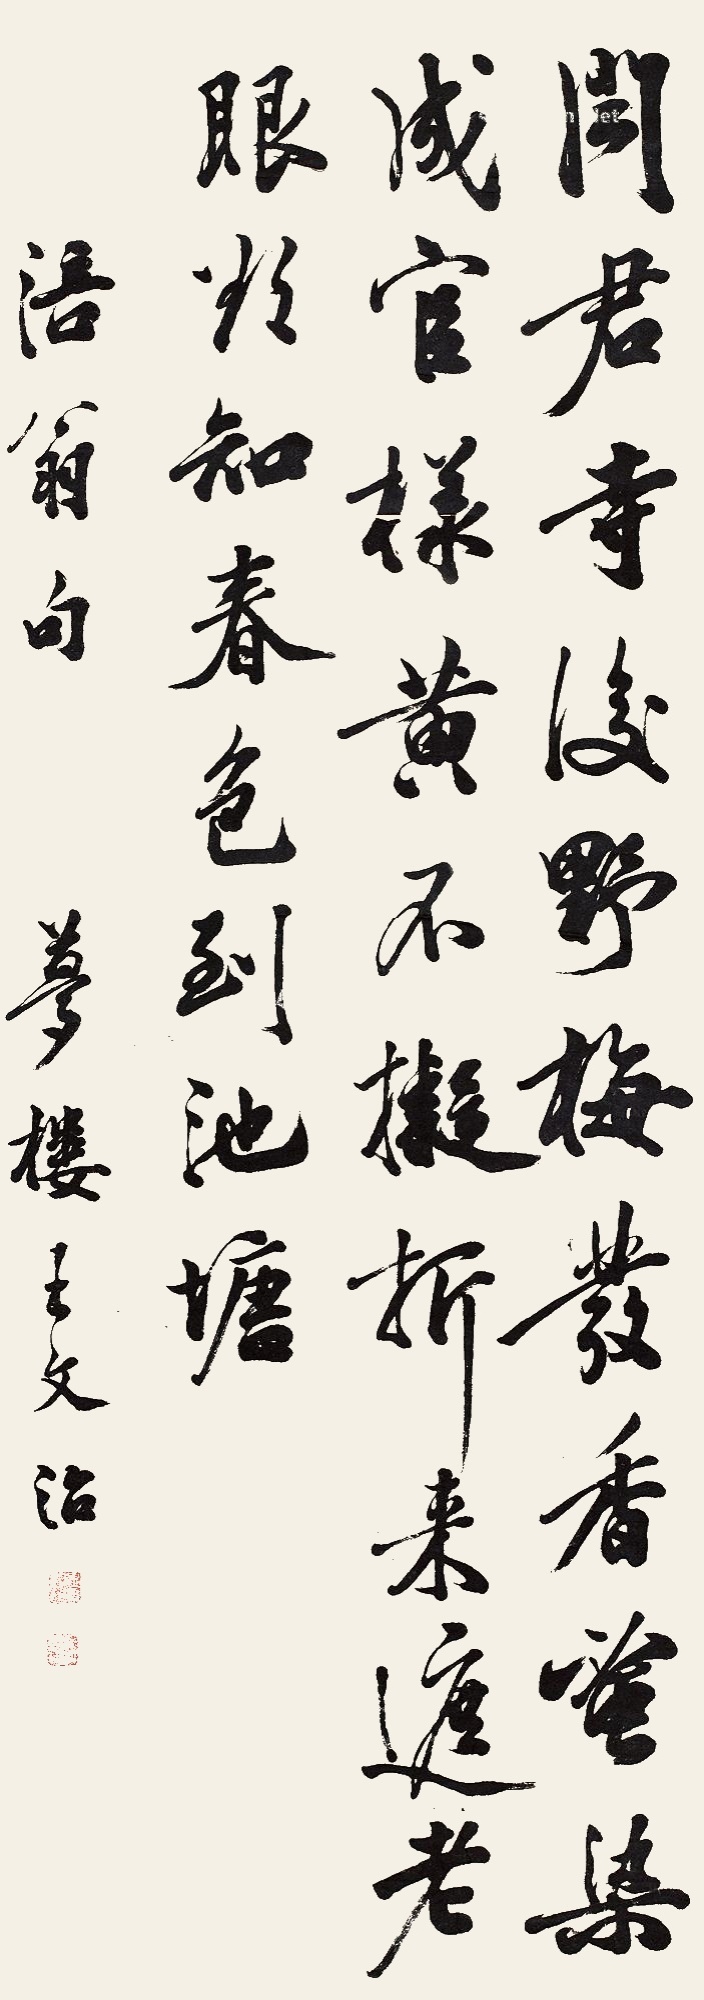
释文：闻君寺后野梅发，香蜜染成宫样黄。不拟折来遮老眼，欲知春色到池塘。语翁句梦楼王文治。